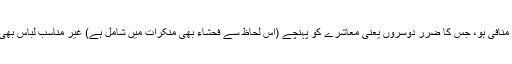
منکر ات: ہر وہ کام جو اسلامی تعلیمات کے منافی ہو، جس کا ضرر دوسروں یعنی معاشرے کو پہنچے (اس لحاظ سے فحشاء بھی منکرات میں شامل ہے) غیر مناسب لباس بھی فحشاء اور منکرات کے زمرے میں آتا ہے۔